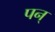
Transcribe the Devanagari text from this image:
पन्